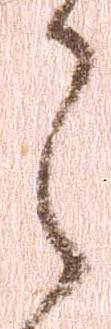
之